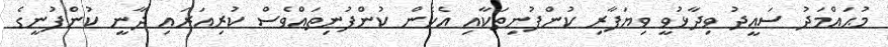
މުޙައްމަދު ސަޢީދު ވިދާޅުވީ ވިޔަފާރި ކުންފުނިތަކާއި އެހެން ކުންފުނިތައްވެސް ކުރިއަރައި ދާނީ ކުންފުނީގެ